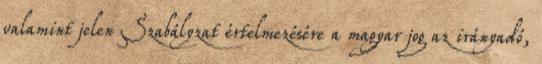
valamint jelen Szabályzat értelmezésére a magyar jog az irányadó,